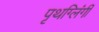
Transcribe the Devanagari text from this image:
पृथग्लिंगी